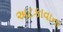
અટકાવાના